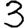
Digit: 3